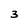
Character: 3